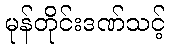
မုန်တိုင်းဒဏ်သင့်